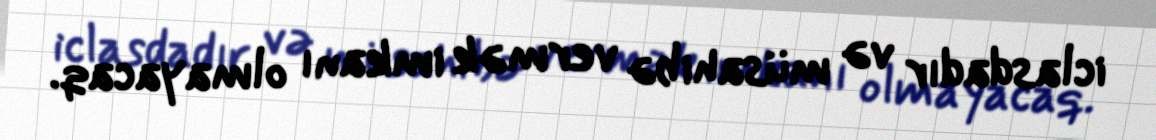
iclasdadır və müsahibə vermək imkanı olmayacaq.